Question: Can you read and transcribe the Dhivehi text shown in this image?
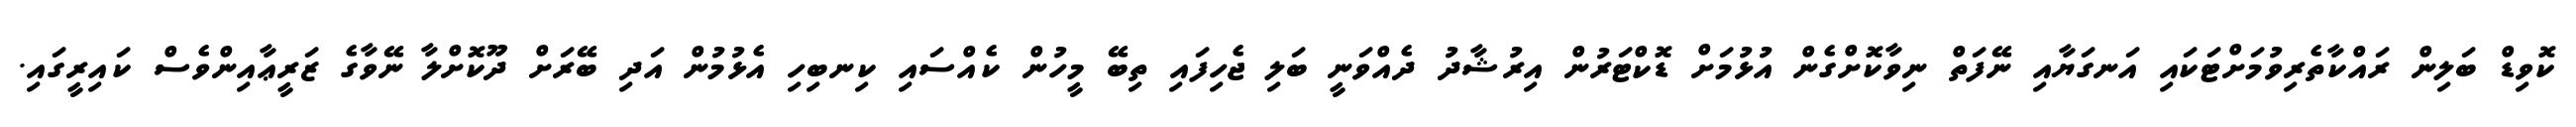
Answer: ކޮވިޑް ބަލިން ރައްކާތެރިވުމަށްޓަކައި އަނގަޔާއި ނޭފަތް ނިވާކޮށްގެން އުޅުމަށް ޑޮކްޓަރުން އިރުޝާދު ދެއްވަނީ ބަލި ޖެހިފައި ތިބޭ މީހުން ކެއްސައި ކިނބިހި އެޅުމުން އަދި ބޭރަށް ދޫކޮށްލާ ނޭވާގެ ޒަރީޢާއިންވެސް ކައިރީގައި.